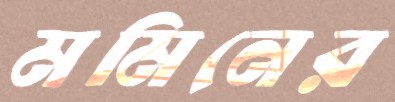
মমিনের